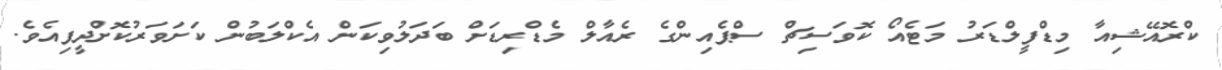
ކްރޮއޭޝިއާ މިޑްފީލްޑަރު މަޓެއޯ ކޮވަސިޗް ސްޕެއިންގެ ރެއާލް މެޑްރިޑަށް ބަދަލުވިކަން އެކްލަބުން ކަށަވަރުކޮށްދީފިއެވެ.